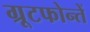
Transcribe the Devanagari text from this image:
ग्रूटफोन्तें